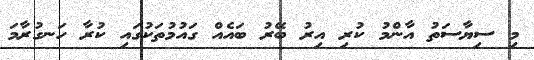
މި ސިޔާސަތު އާންމު ކުރި އިރު ބޭރު ބައެއް ގައުމުތަކުގައި ކުރާ ހަނގުރާމަ